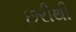
છરીથી